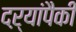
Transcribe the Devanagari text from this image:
दऱ्यांपैकी